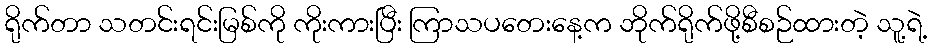
ရိုက်တာ သတင်းရင်းမြစ်ကို ကိုးကားပြီး ကြာသပတေးနေ့က ဘိုက်ရိုက်ဖို့စီစဉ်ထားတဲ့ သူ့ရဲ့